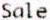
SALE